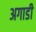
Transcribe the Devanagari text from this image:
अगाडी